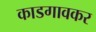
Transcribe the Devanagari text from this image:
काडगावकर